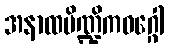
အနာထပိဏ္ဍိကဝဂ္ဂေါ